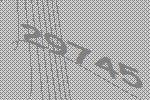
29745